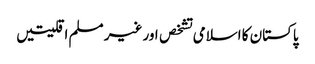
پاکستان کا اسلامی تشخص اور غیر مسلم اقلیتیں